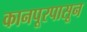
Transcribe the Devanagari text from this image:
कानपूरपासून